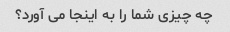
چه چیزی شما را به اینجا می آورد؟